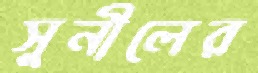
সুনীলের